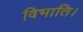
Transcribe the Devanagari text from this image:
विभाति।